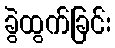
ခွဲထွက်ခြင်း